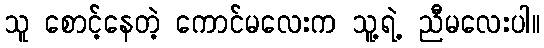
သူ စောင့်နေတဲ့ ကောင်မလေးက သူ့ရဲ့ ညီမလေးပါ။